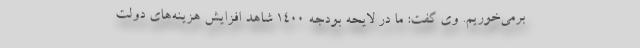
برمی‌خوریم. وی گفت: ما در لایحه بودجه 1400 شاهد افزایش هزینه‌های دولت